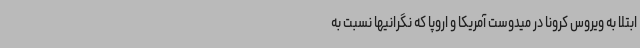
ابتلا به ویروس کرونا در میدوست آمریکا و اروپا که نگرانیها نسبت به